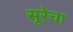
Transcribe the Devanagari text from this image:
सूरेचा